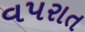
વપરાત